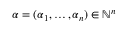
\alpha = ( \alpha _ { 1 } , \ldots , \alpha _ { n } ) \in \mathbb { N } ^ { n }